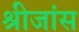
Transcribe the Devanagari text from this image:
श्रीजांस